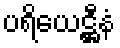
ပရိယေဋ္ဌီနံ